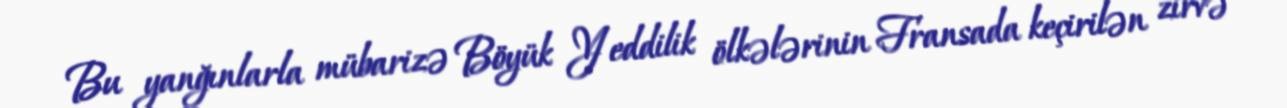
Bu yanğınlarla mübarizə Böyük Yeddilik ölkələrinin Fransada keçirilən zirvə